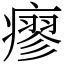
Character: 瘳